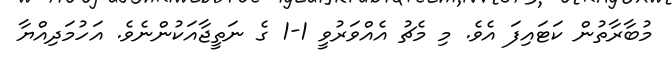
މުބާރާތުން ކަޓައިފަ އެވެ. މި މެޗު އެއްވަރުވީ 1-1 ގެ ނަތީޖާއަކުންނެވެ. އަހުމަދިއްޔާ